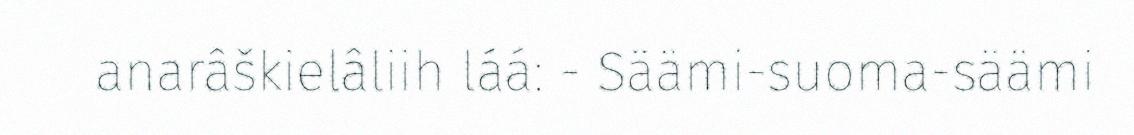
anarâškielâliih láá: - Säämi-suoma-säämi